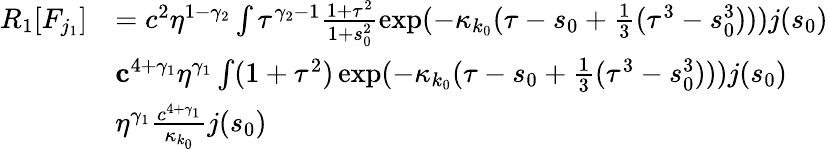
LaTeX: \begin{array}{rl}{R_{1}[F_{j_{1}}]}&{=c^{2}\eta^{1-\gamma_{2}}\int\tau^{\gamma_{2}-1}\frac{1+\tau^{2}}{1+s_{0}^{2}}\exp(-\kappa_{k_{0}}(\tau-s_{0}+\frac 13(\tau^{3}-s_{0}^{3})))j(s_{0})}\\ &{\le c^{4+\gamma_{1}}\eta^{\gamma_{1}}\int(1+\tau^{2})\exp(-\kappa_{k_{0}}(\tau-s_{0}+\frac 13(\tau^{3}-s_{0}^{3})))j(s_{0})}\\ &{\le\eta^{\gamma_{1}}\frac{c^{4+\gamma_{1}}}{\kappa_{k_{0}}}j(s_{0})}\end{array}